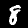
Digit: 8